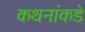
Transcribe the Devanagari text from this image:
कथनांकडे